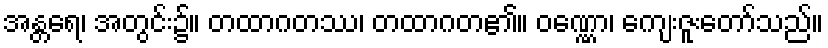
အန္တရေ၊ အတွင်း၌။ တထာဂတဿ၊ တထာဂတ၏။ ဝဏ္ဏော၊ ကျေးဇူးတော်သည်။